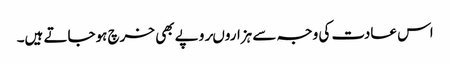
اس عادت کی وجہ سے ہزاروںروپے بھی خرچ ہوجاتے ہیں۔